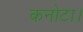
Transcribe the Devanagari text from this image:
कनोटा।